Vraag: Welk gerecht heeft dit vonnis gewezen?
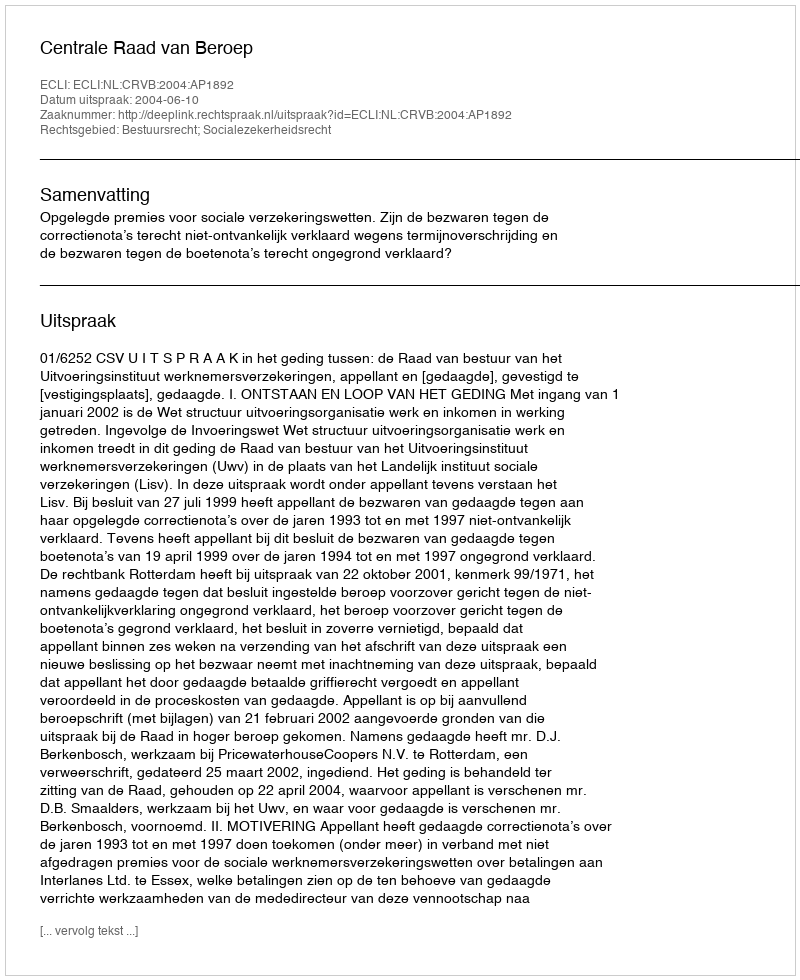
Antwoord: Centrale Raad van Beroep